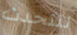
لنتحدث